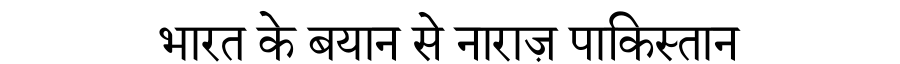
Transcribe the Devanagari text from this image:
भारत के बयान से नाराज़ पाकिस्तान